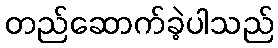
တည်ဆောက်ခဲ့ပါသည်